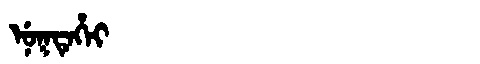
Manchu: ᠨᡠᡴᡨᡝᡥᡝᡳ
Romanization: NUKTEHEI